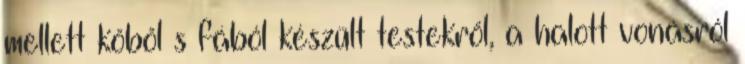
mellett kőből s fából készült testekről, a halott vonásról